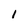
Character: l